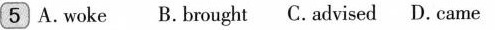
5 A.woke B.brought C.advised D. came